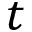
t